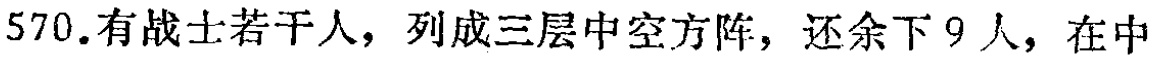
570.有战士若干人，列成三层中空方阵，还余下 9 人，在中